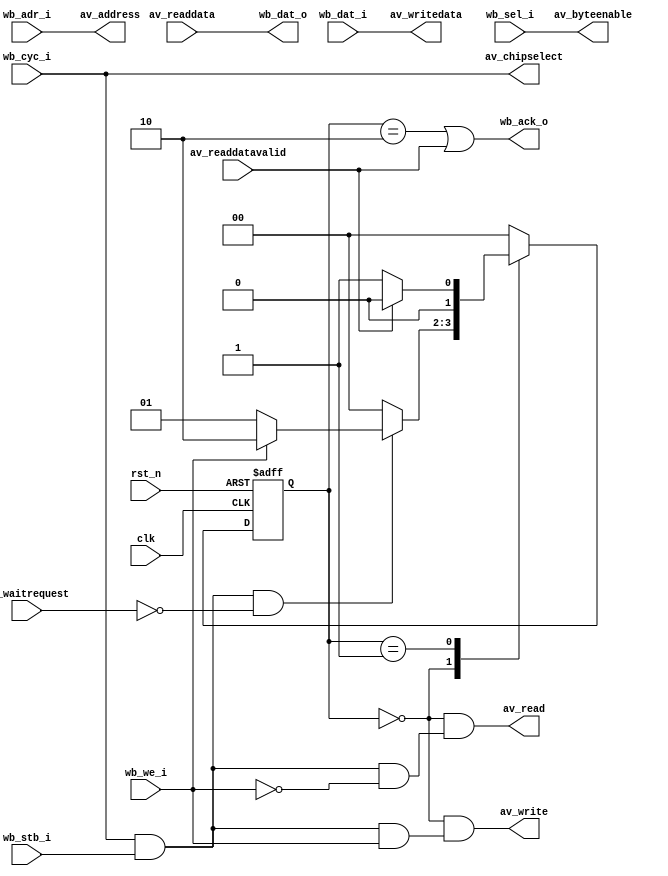
module wb_slave_to_avalon_master(
	clk, rst_n,
	
	wb_cyc_i, wb_stb_i, wb_we_i,
	wb_adr_i, wb_dat_i, wb_dat_o,
	wb_sel_i, wb_ack_o,
	
	av_chipselect, av_byteenable,
	av_address, 
	av_read, av_write,
	av_readdata, av_readdatavalid,
	av_writedata, av_waitrequest
);

parameter	ADDR_WIDTH = 32;
parameter	DATA_WIDTH = 32;
parameter	DATA_BYTES = 4;

input		clk, rst_n;

input								wb_cyc_i, wb_stb_i, wb_we_i;
input 	[ADDR_WIDTH-1:0]	wb_adr_i;
input 	[DATA_WIDTH-1:0]	wb_dat_i;
output 	[DATA_WIDTH-1:0]	wb_dat_o;
input 	[DATA_BYTES-1:0]	wb_sel_i;
output 							wb_ack_o;

output 							av_chipselect;
output 	[DATA_BYTES-1:0]	av_byteenable;
output 	[ADDR_WIDTH-1:0]	av_address;
output 							av_read, av_write;
input 	[DATA_WIDTH-1:0]	av_readdata;
input 							av_readdatavalid;
output 	[DATA_WIDTH-1:0]	av_writedata;
input 							av_waitrequest;

assign av_chipselect = wb_cyc_i;
assign av_byteenable = wb_sel_i;
assign av_address = wb_adr_i;
assign av_writedata = wb_dat_i;
assign wb_dat_o = av_readdata;
assign av_read = state==IDLE && (wb_cyc_i & wb_stb_i & ~wb_we_i);
assign av_write = state==IDLE && (wb_cyc_i & wb_stb_i & wb_we_i);
assign wb_ack_o = state==WRITE_WAIT | av_readdatavalid;

reg [1:0]	state, next_state;

localparam	IDLE = 2'b00;
localparam	READ_WAIT = 2'b01;
localparam	WRITE_WAIT = 2'b10;

always @(posedge clk or negedge rst_n)
begin
	if (!rst_n)
		state <= IDLE;
	else
		state <= next_state;
end

always @(state or wb_cyc_i or wb_stb_i or wb_we_i or av_waitrequest or av_readdatavalid)
begin
	case (state)
	IDLE: next_state = (wb_cyc_i & wb_stb_i &  ~av_waitrequest) ? (wb_we_i ? WRITE_WAIT : READ_WAIT) : IDLE;
	READ_WAIT: next_state = av_readdatavalid ? IDLE : READ_WAIT;
	WRITE_WAIT: next_state = IDLE;
	default: next_state = IDLE;
	endcase
end

endmodule